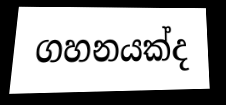
ගහනයක්ද